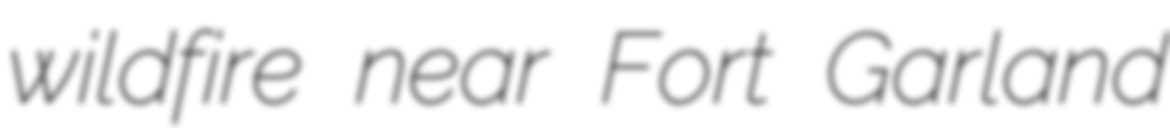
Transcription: wildfire near Fort Garland